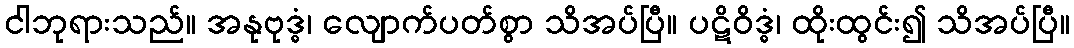
ငါဘုရားသည်။ အနုဗုဒ္ဓံ၊ လျောက်ပတ်စွာ သိအပ်ပြီ။ ပဋိဝိဒ္ဓံ၊ ထိုးထွင်း၍ သိအပ်ပြီ။